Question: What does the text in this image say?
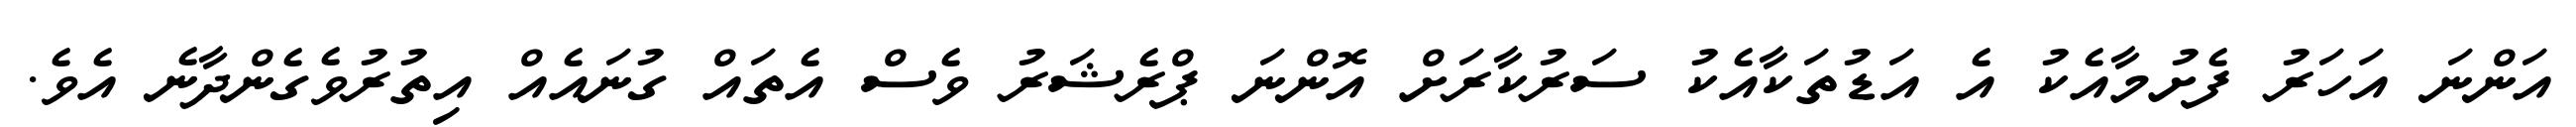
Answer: އަންނަ އަހަރު ފެށުމާއެކު އެ އަޑުތަކާއެކު ސަރުކާރަށް އޮންނަ ޕްރެޝަރު ވެސް އެތައް ގުނައެއް އިތުރުވެގެންދާނެ އެވެ.